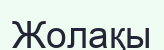
Жолақы